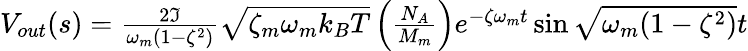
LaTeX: \begin{array}{r}{V_{out}(s)=\frac{2\Im}{\omega_{m}(1-\zeta^{2})}\sqrt{\zeta_{m}\omega_{m}k_{B}T}\left(\frac{N_{A}}{M_{m}}\right)e^{-\zeta\omega_{m}t}\sin{\sqrt{\omega_{m}(1-\zeta^{2})}t}}\end{array}